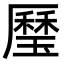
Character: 㻺